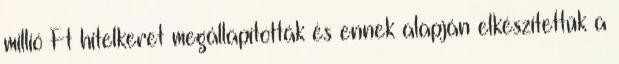
millió Ft hitelkeret megállapították és ennek alapján elkészítettük a